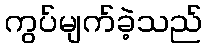
ကွပ်မျက်ခဲ့သည်